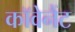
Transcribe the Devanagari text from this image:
काॅवेनैंट